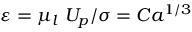
\varepsilon = \mu _ { l } \ U _ { p } / \sigma = C a ^ { 1 / 3 }